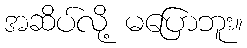
အဆိပ်လို့ မပြောဘူး။